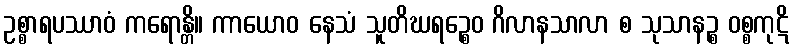
ဥစ္စာရပဿာဝံ ကရောန္တိ။ ကာယောဝ နေသံ သူတိဃရဉ္စေဝ ဂိလာနသာလာ စ သုသာနဉ္စ ဝစ္စကုဋိ